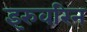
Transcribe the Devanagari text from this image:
इरुवरिन